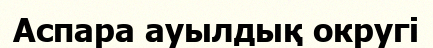
Аспара ауылдық округі